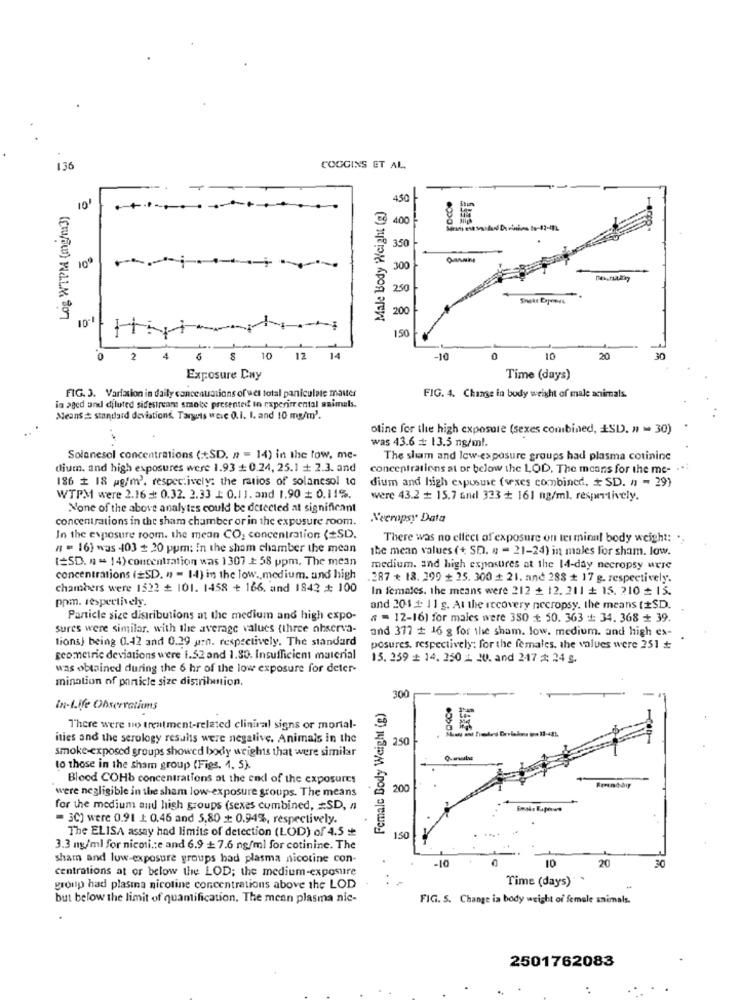
136
COGGINS ET AL.
Male Body Weight (g)
450-
Log WTPM (mg/m3)
10'
400
350
100
300
250
200
-
150
0
2
4
6
10 12
14
-10
0
10
20
30
Exposure Day
Time (days)
FIG. 3. Variation in daily cancenuations of uel total paniculate mauter
FIG. 4. Change in body weight of male animals.
in aged and diluted sidestreams smole presented in experimental animals.
Means # standard deviationd. Targets wcic 0.I. I. and 10 mg/m'.
otine for the high exposure (sexes combined, ESD. n = 30)
was 43.6 = 13.5 ng/ml.
Solanesol concentrations (:SD. n = 14) in the low, me-
The sham and low-exposure groups had plasma cotininc
dium. and high exposures were 1.93 + 0.24, 25.1 + 2.3. and
concentrations at or below the LOD, The means for the me-
186 # 18 pg/m2, respectively: the ratios of solancsol to
dium and high expususe (sexes combined. + SD. n - 29)
WTPM were 2.16 : 0.32. 2.33 1: 0.11. and 1.90 + 0.11%.
were 43.2 # 15.7 and 323 + 161 ng/ml. respectively.
None of the above analytes could be detected al significant
concentrations in the sham chamber or in the expusure room.
Necropsy Data
In the exposure room. the mean CO, concentration (+SD.
There was no ellect of exposure on ter minal body weight: ..
n = 16) was 403 + 20 ppm; In the sham chamber the mean
ibe mean values (+ SD. n - 21-24) in males for sham. low.
(=SD. n = 14) concentration was 1307 È 58 ppm. The mean
medium. and high exposures at the 14-day necropsy Mere
concentrations (=SD. n - 14) in the low ., medium. und high
287 * 18. 299 + 25. 300 + 21. and 288 + 17 g. respectively.
chambers were 1522 # 101. 1458 + 166. and 1842 # 100
In females. the means were 212 + 12. 211 # 15. 210 = 15.
ppm. respectively.
and 201 2 11 g. At the recovery necropsy, the means (#$D.
Particle sice distributions at the medium and high expo-
# = 12-16) for males were 350 ₺ 50. 363 + 34. 368 + 39.
sures were similar. with the average values (three observa-
and 377 # 16 g for the sham. low, medium. and high ex-
tions) being 0.42 and 0.29 urn. respectively. The standard
posures, respectively: for the females, the values were 251 ₺
geometric deviations were 1.52 and 1.30. Insufficient material
15. 259 # 14. 250 1. JU. and 247 # 24 g.
was obtained during the 6 hr of the low exposure for deter-
mination of panicle size distribution,
Female Body Weight (g)
300
in-Life Observations
There were no treatment-related cliniral signs or mortal-
ities and the serology results were negative. Animals in the
250
smoke-exposed groups showed body weights that were similar
to those in the sham group (Figs. 4. 5).
Blood COHb concentrations at the end of the exposures
were negligible in the sham low-exposure groups. The means
200
for the medium and high groups (sexes combined, #SD, a
= 3C] were 0.91 1: 0.46 and 5,80 + 0.94%, respectively.
The ELISA assay had limits of detection (LOD) of 4.5
1.50
3.3 ng/ml for nicosi .: e and 6.9 + 7.6 ng/ml for cotinine. The
sham and low-exposure groups bad plasma nicotine con-
10
20
30
centrations at or below the LOD; the medium-exposure
-10
Time (days)
group had plasma nicotine concentrations above the LOD
but below the limit of quantification. The mean plasma nic-
FIG. S. Change in body weight of female animals.
2501762083